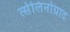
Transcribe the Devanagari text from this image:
त्सेलिनोग्राद